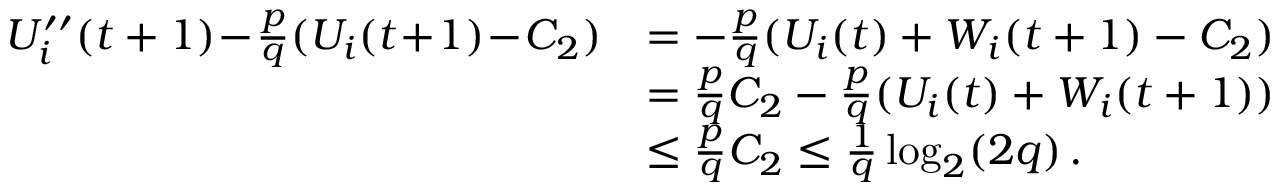
\begin{array} { r l } { U _ { i } ^ { \prime \prime } ( t + 1 ) \! - \! \frac { p } { q } ( U _ { i } ( t \! + \! 1 ) \! - \! C _ { 2 } ) } & { = - \frac { p } { q } ( U _ { i } ( t ) + W _ { i } ( t + 1 ) - C _ { 2 } ) } \\ & { = \frac { p } { q } C _ { 2 } - \frac { p } { q } ( U _ { i } ( t ) + W _ { i } ( t + 1 ) ) } \\ & { \le \frac { p } { q } C _ { 2 } \le \frac { 1 } { q } \log _ { 2 } ( 2 q ) \, . } \end{array}